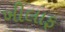
ખીલાફ